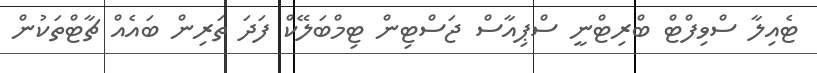
ޓެއިލާ ސްވިފްޓް ބްރިޓްނީ ސްޕިއާސް ޖަސްޓިން ޓިމްބަލޭކް ފަދަ ތަރިން ބައެއް ޗާޓްތަކުން